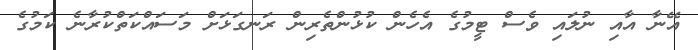
އޭނާ އާއި ނުލައި ވެސް ޓީމުގެ އެހެން ކުޅުންތެރިން ރަނގަޅަށް މަސައްކަތްކުރާނެ ކަމުގެ